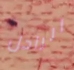
الراحل